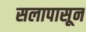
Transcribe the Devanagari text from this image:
सलापासून